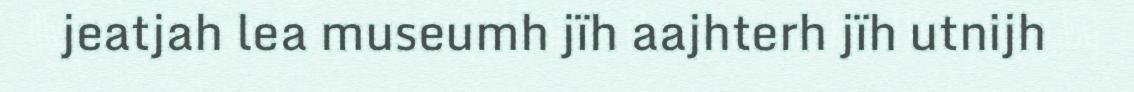
jeatjah lea museumh jïh aajhterh jïh utnijh